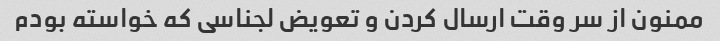
ممنون از سر وقت ارسال کردن و تعویض لجناسی که خواسته بودم